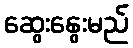
ဆွေးနွေးမည်